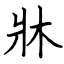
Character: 牀